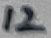
Text: 12